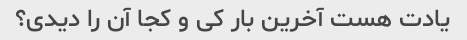
یادت هست آخرین بار کی و کجا آن را دیدی؟